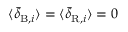
\langle \bar { \delta } _ { \mathrm { B } , i } \rangle = \langle \bar { \delta } _ { \mathrm { R } , i } \rangle = 0